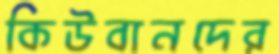
কিউবানদের